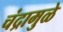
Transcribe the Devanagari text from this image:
चंद्रामुळे